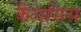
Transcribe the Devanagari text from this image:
कैलसिस